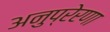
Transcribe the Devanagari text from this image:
अनुप्रेरणा